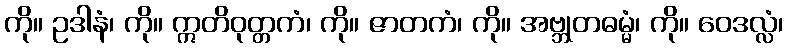
ကို။ ဥဒါနံ၊ ကို။ ဣတိဝုတ္တကံ၊ ကို။ ဇာတကံ၊ ကို။ အဗ္ဘုတဓမ္မံ၊ ကို။ ဝေဒလ္လံ၊